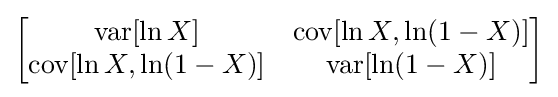
{\begin{bmatrix}\operatorname {var} [\ln X]&\operatorname {cov} [\ln X,\ln(1-X)]\\\operatorname {cov} [\ln X,\ln(1-X)]&\operatorname {var} [\ln(1-X)]\end{bmatrix}}